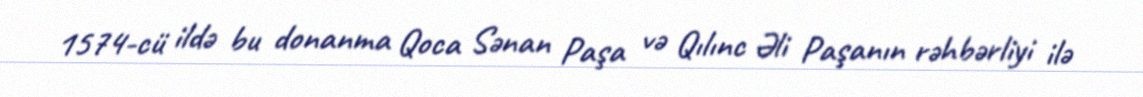
1574-cü ildə bu donanma Qoca Sənan Paşa və Qılınc Əli Paşanın rəhbərliyi ilə